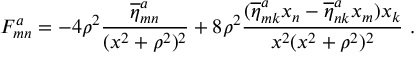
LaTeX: F _ { m n } ^ { a } = - 4 \rho ^ { 2 } \frac { \overline { { \eta } } _ { m n } ^ { a } } { ( x ^ { 2 } + \rho ^ { 2 } ) ^ { 2 } } + 8 \rho ^ { 2 } \frac { ( \overline { { \eta } } _ { m k } ^ { a } x _ { n } - \overline { { \eta } } _ { n k } ^ { a } x _ { m } ) x _ { k } } { x ^ { 2 } ( x ^ { 2 } + \rho ^ { 2 } ) ^ { 2 } } ~ .